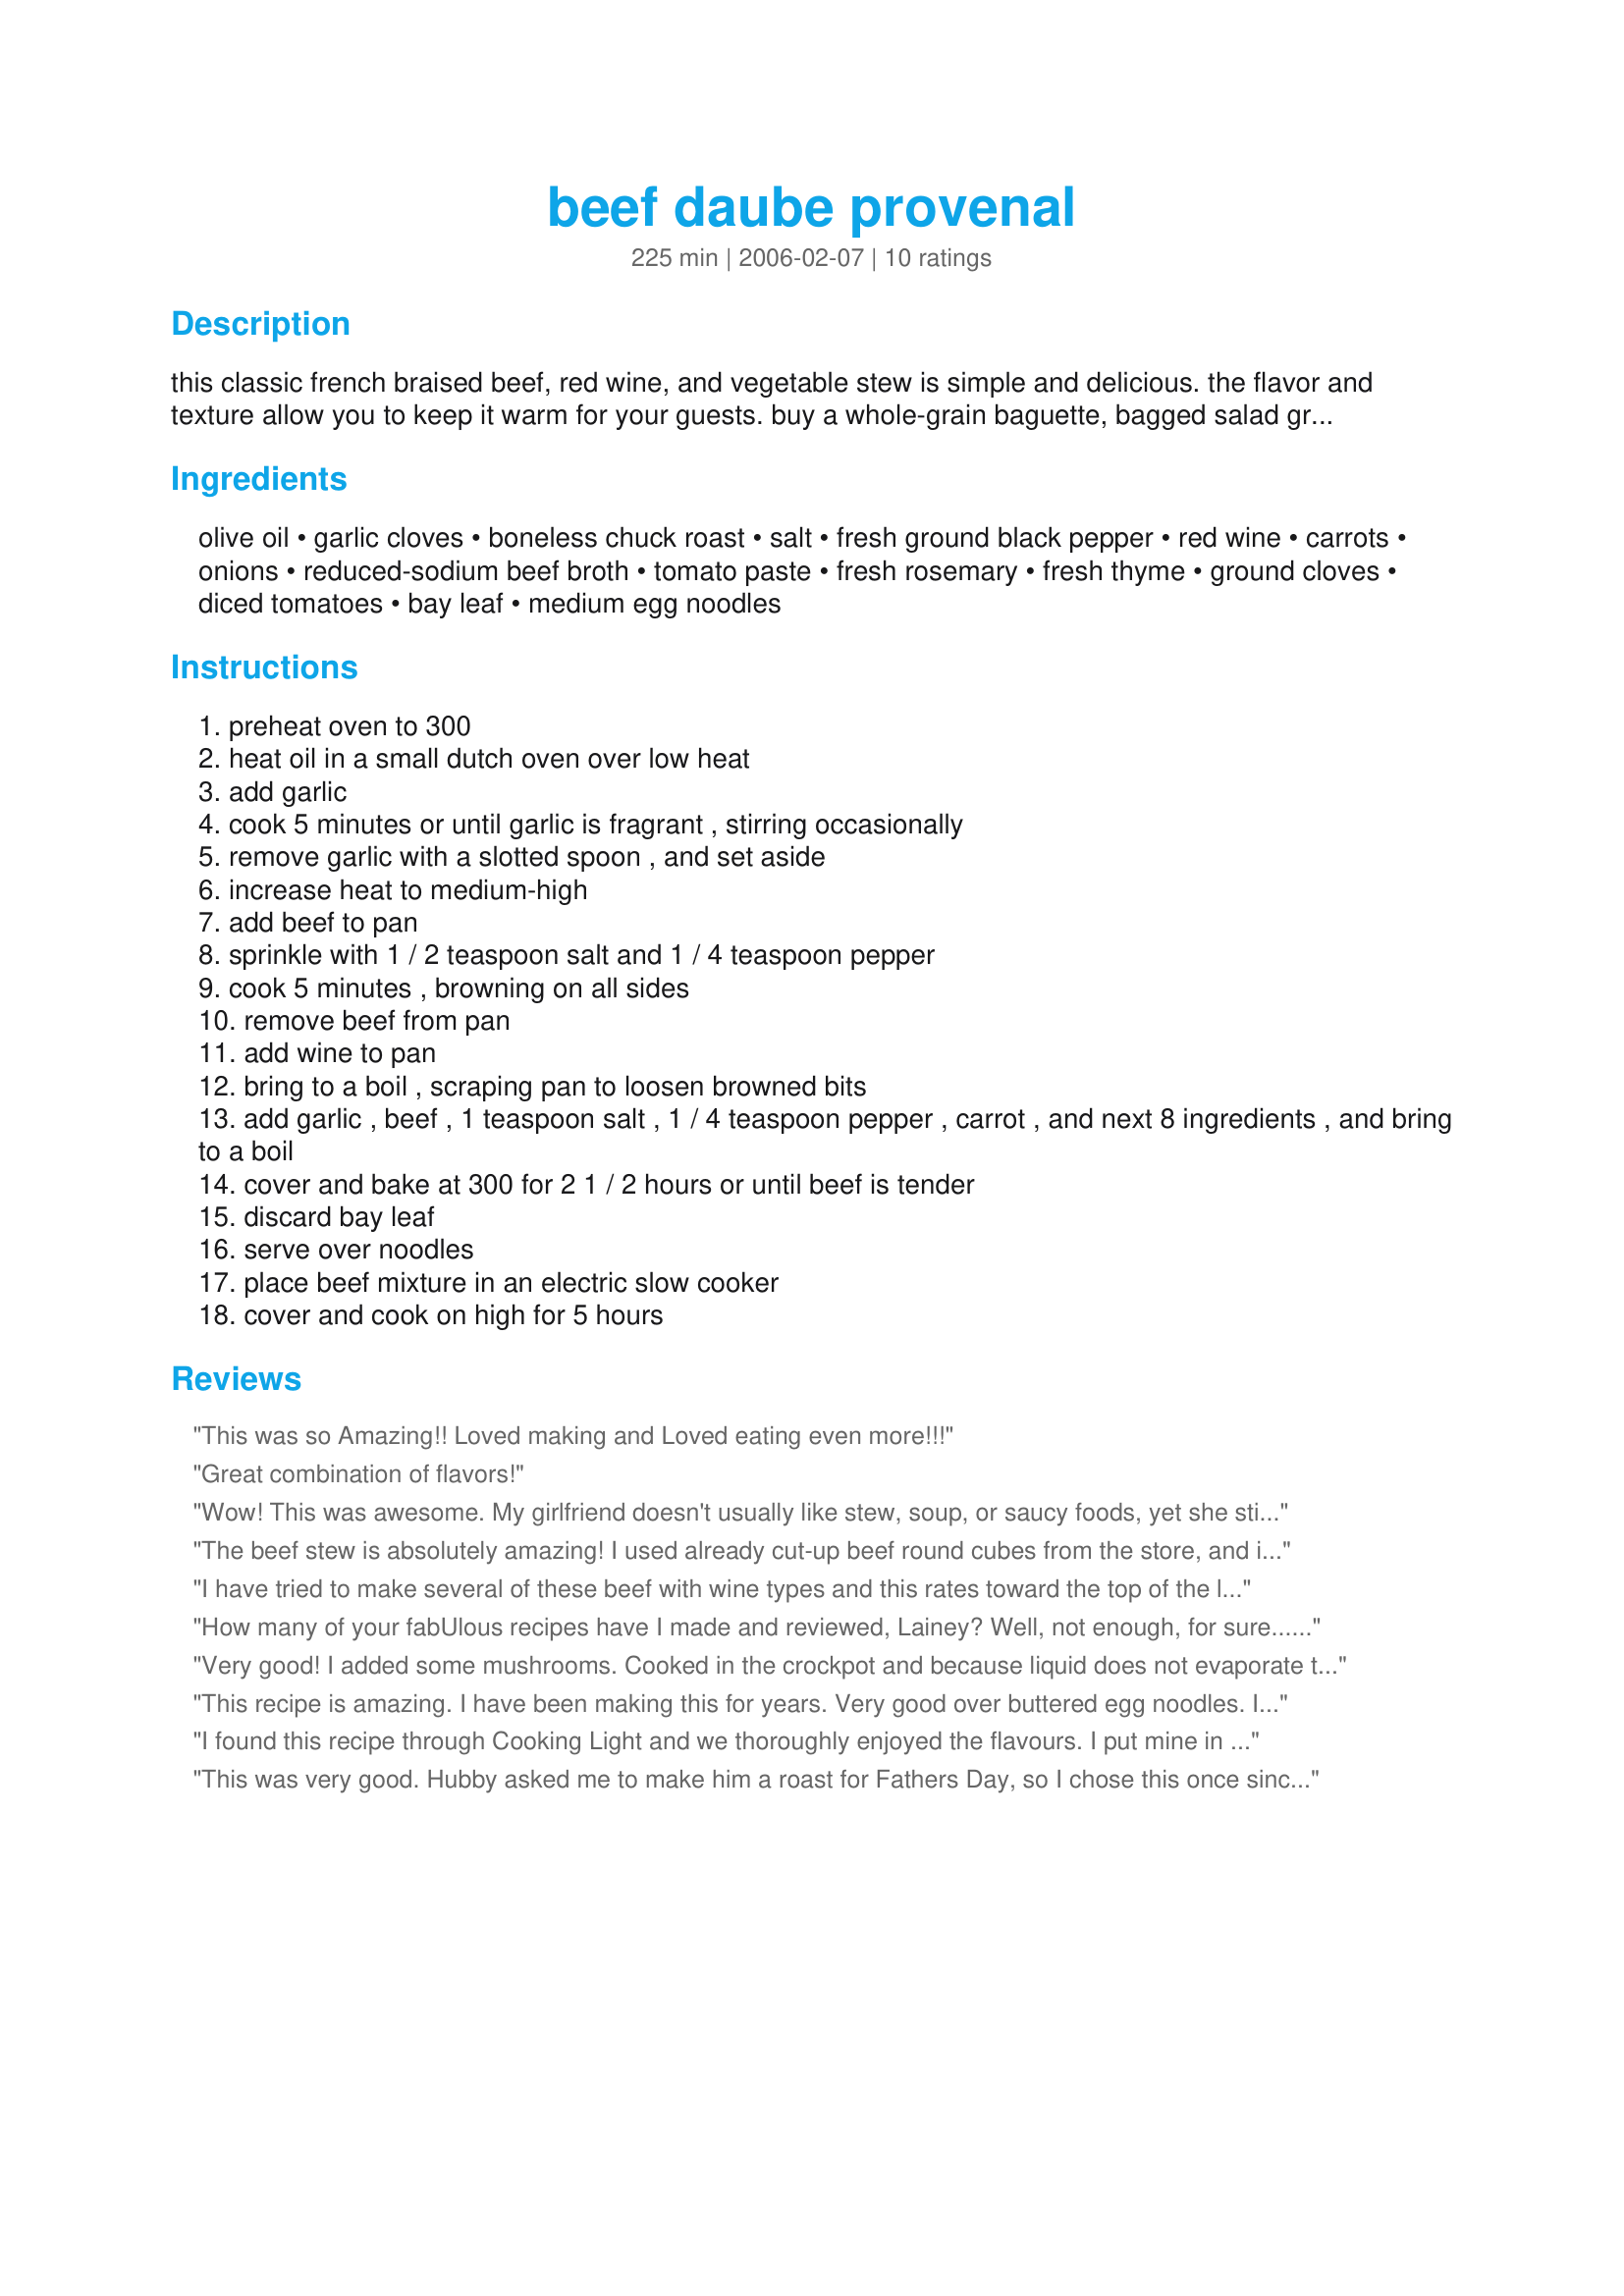
beef daube provenal
Preparation time: 225 minutes

this classic french braised beef, red wine, and vegetable stew is simple and delicious. the flavor and texture allow you to keep it warm for your guests. buy a whole-grain baguette, bagged salad greens, and bottled vinaigrette to round out the meal. directions to make in slow cooker included.

Ingredients:
olive oil, garlic cloves, boneless chuck roast, salt, fresh ground black pepper, red wine, carrots, onions, reduced-sodium beef broth, tomato paste, fresh rosemary, fresh thyme, ground cloves, diced tomatoes, bay leaf, medium egg noodles

Steps:
preheat oven to 300
heat oil in a small dutch oven over low heat
add garlic
cook 5 minutes or until garlic is fragrant , stirring occasionally
remove garlic with a slotted spoon , and set aside
increase heat to medium-high
add beef to pan
sprinkle with 1 / 2 teaspoon salt and 1 / 4 teaspoon pepper
cook 5 minutes , browning on all sides
remove beef from pan
add wine to pan
bring to a boil , scraping pan to loosen browned bits
add garlic , beef , 1 teaspoon salt , 1 / 4 teaspoon pepper , carrot , and next 8 ingredients , and bring to a boil
cover and bake at 300 for 2 1 / 2 hours or until beef is tender
discard bay leaf
serve over noodles
place beef mixture in an electric slow cooker
cover and cook on high for 5 hours

Reviews:
This was so Amazing!! Loved making and Loved eating even more!!!
Great combination of flavors!
Wow! This was awesome. My girlfriend doesn't usually like stew, soup, or saucy foods, yet she still enjoyed it. <br/><br/>I substituted:<br/>crushed tomatoes for diced tomatoes,<br/>corkscrew noodles as egg noodles, and<br/>used Cabinet Saugvahin for red wine. It was great!<br/><br/>Thanks for the fine recipe. i bet the word "healthy" in the title scares people away, but it's great.
The beef stew is absolutely amazing! I used already cut-up beef round cubes from the store, and it made the prep even simpler. I had all day to make this so I went with the "oven" method and the sauce got thick and rich. We served it simply over some medium egg noodles and it was a major hit. I will definitely be making this again, even for a dinner party or a special occasion. Btw, this recipe originally comes from Cooking Light's November 2004 edition. Thanks!
I have tried to make several of these beef with wine types and this rates toward the top of the list , this turned out very well for me , I like the taste of salt that I add myself but I do not like the taste of high sodium canned food so I made the following substitutions and the taste was very fresh. I used no salt added kitchen basics chicken stock, no salt tomato paste, and to use up some fresh tomatoes I used three chopped tomatoes with an additional half a cup of stock and extra tomato paste as substitute for canned diced tomatoes. Also added two cans of mushrooms and some sweet potato the carrots and used a frozen chopped onion mix. . the sweet potato actually ended up mostly dissolving but added wonderful and thickness to the sauce. I served over those egg noodles that come frozen, added salt to taste. It was really outstanding. I used my heavy lecruset Dutch oven, next time I will check it after two and a half hours because I feel It overcooked a bit. thanks for the recipe!!
How many of your fabUlous recipes have I made and reviewed, Lainey? Well, not enough, for sure...LOL
This is a easy to make (oven did all the work) producing a "French creme de la creme" taste!! (blowing kiss from fingertips-- imagine. :) ) While it's in the oven---people will ask "What's smelling so good?" Only you will know. Used some left-over eye of round roast so just browned the onions, garlic(added some sliced mushrooms) --everything into an old cast iron Dutch oven, before siding right into the oven for 3 hours. YUMMERS!
Made for the rosemary event in French Forum and Mediterranean event in Cooking Photos.
Very good! I added some mushrooms.
Cooked in the crockpot and because liquid does not evaporate the same in the crockpot I did add a little cornstarch mixed with the juice for the last half hour of cooking.Served with brown rice because I was out of noodles. I will make this one again.
This recipe is amazing. I have been making this for years. Very good over buttered egg noodles. I do cut the garlic down to about 6-7 cloves. Yum Yum!
I found this recipe through Cooking Light and we thoroughly enjoyed the flavours. I put mine in the crockpot and it was done in 4 hours. Just don't make my mistake and open a $33.00 bottle of red wine for this!!! Served over wide egg noodles....this made for a very satisfying meal. I do recommend this recipe
This was very good. Hubby asked me to make him a roast for Fathers Day, so I chose this once since I had never cooked a roast in wine before. I only used 7 garlic cloves and wished I had used the full 12. I didn't stray at all from the recipe (except I forgot to add the can of diced tomatoes) and chose to slow cook mine in the oven and not the crockpot. This was a wonderful tasting roast, I would definately make it again and hopefully remember the diced tomatoes. I would reccomend this recipe to anyone who loves a good roast!
